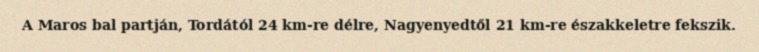
A Maros bal partján, Tordától 24 km-re délre, Nagyenyedtől 21 km-re északkeletre fekszik.